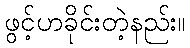
ဖွင့်ဟခိုင်းတဲ့နည်း။